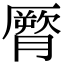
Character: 𦠒